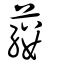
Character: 𧃒